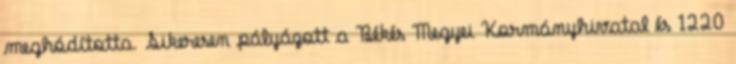
meghódította. Sikeresen pályázott a Békés Megyei Kormányhivatal és 1220